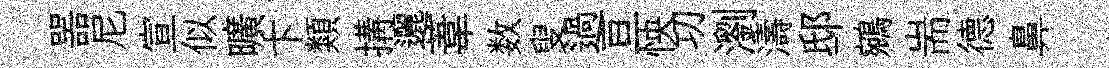
噐尼宣似曠卞類搆邐葦数叟過亘怏㓛瀏濤邸鵷耑德鼻